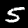
Label: 5